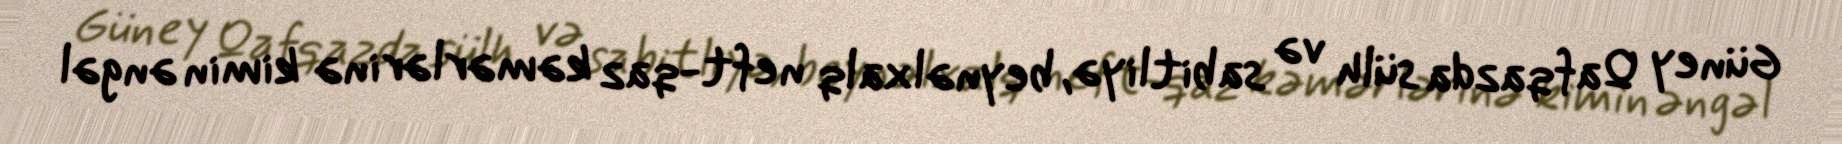
Güney Qafqazda sülh və sabitliyə, beynəlxalq neft-qaz kəmərlərinə kimin əngəl